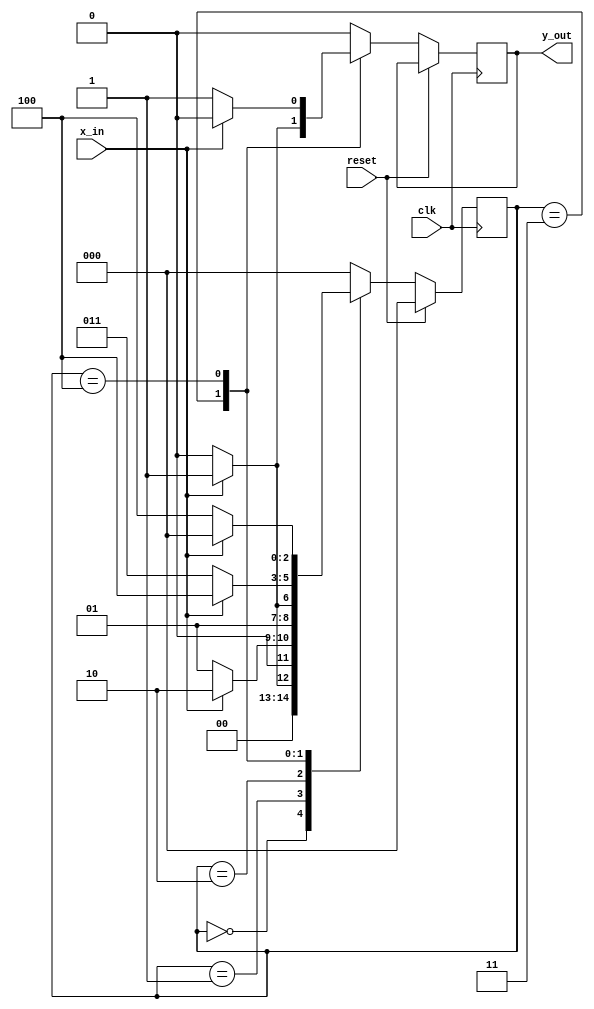
// This code outputs a one if the number of 1 is a multiple of 4
module onecount (output reg y_out, input x_in,clk,reset);
    reg[2:0] state,nextstate;
    reg q;
    parameter S0=0;
    parameter S1=1;
    parameter S2=2;
    parameter S3=3;
    parameter S4=4;

    always @(posedge clk)
    begin
       if (reset==1) state <=S0;
       else
       begin
     state <= nextstate;
     y_out<=q;
     end
    end
    always @(state,x_in,reset)
        case (state)
        S0:
        begin 
        if (x_in==1) 
        begin
            nextstate=S1;
            q='b0;
        end
        else 
        begin
            nextstate=S0;
            q='b0;
        end
        end
        S1:
           begin 
        if (x_in==1) 
        begin
            nextstate=S2;
            q='b0;
        end
        else 
        begin
            nextstate=S1;
            q='b0;
        end
        end
        S2:
        begin 
        if (x_in==1) 
        begin
            nextstate=S3;
            q='b0;
        end
        else 
        begin
            nextstate<=S2;
            q='b0;
        end
        end
        S3:      
        begin 
        if (x_in==1) 
        begin
            nextstate<=S4;
            q='b1;
        end
        else 
        begin
            nextstate<=S3;
            q='b0;
        end
        end
        S4:
        begin 
        if (x_in==1) 
        begin
            nextstate<=S0;
            q='b0;
        end
        else 
        begin
            nextstate<=S4;
            q='b1;
        end
        end
        default:
        begin 
        nextstate=S0;
        q=0;
        end
        endcase

    


endmodule